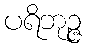
ပရိဘုဉ္ဇ